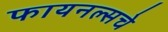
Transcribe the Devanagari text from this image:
फायनल्सचे